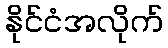
နိုင်ငံအလိုက်